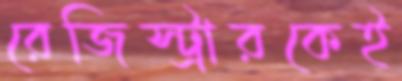
রেজিস্ট্রারকেই